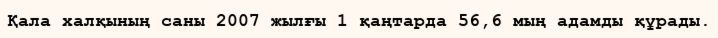
Қала халқының саны 2007 жылғы 1 қаңтарда 56,6 мың адамды құрады.